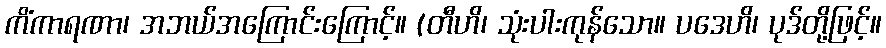
ကိံကာရဏာ၊ အဘယ်အကြောင်းကြောင့်။ (တီဟိ၊ သုံးပါးကုန်သော။ ပဒေဟိ၊ ပုဒ်တို့ဖြင့်။